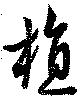
植